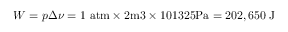
W = { p \Delta \nu } = 1 ~ { \mathrm { a t m } } \times 2 { \mathrm { m 3 } } \times 1 0 1 3 2 5 { \mathrm { P a } } = 2 0 2 , 6 5 0 { \mathrm { ~ J } }